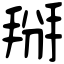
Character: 掰